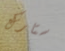
ستارك